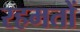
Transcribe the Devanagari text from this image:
रहमतों